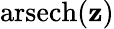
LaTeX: \operatorname{arsech}(\mathbf{z})